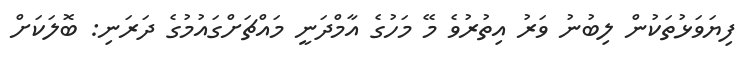
ފިޔަވަޅުތަކުން ލިބުނު ވަރު އިތުރުވެ މޭ މަހުގެ އާމްދަނީ މައްޗަށްގައުމުގެ ދަރަނި: ބޮލަކަށް